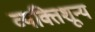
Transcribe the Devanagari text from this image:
व्यक्तिशून्य